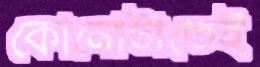
কোনোটাতেই